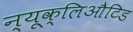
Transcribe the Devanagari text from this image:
न्यूक्लिऔटिड